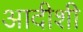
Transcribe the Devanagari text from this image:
आदीशी